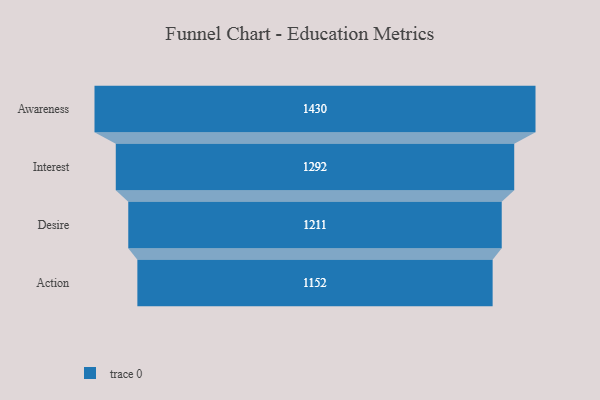
{"axis": {"x": "Stage", "y": "Value"}, "legend": [""], "data": [{"x": "Awareness", "y": 1430.0, "type": ""}, {"x": "Interest", "y": 1292.0, "type": ""}, {"x": "Desire", "y": 1211.0, "type": ""}, {"x": "Action", "y": 1152.0, "type": ""}]}